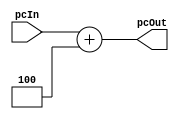
module PC_Adder(
    input[31:0] pcIn,
    output[31:0] pcOut
    );

    assign pcOut = pcIn + 32'd4;
    
endmodule